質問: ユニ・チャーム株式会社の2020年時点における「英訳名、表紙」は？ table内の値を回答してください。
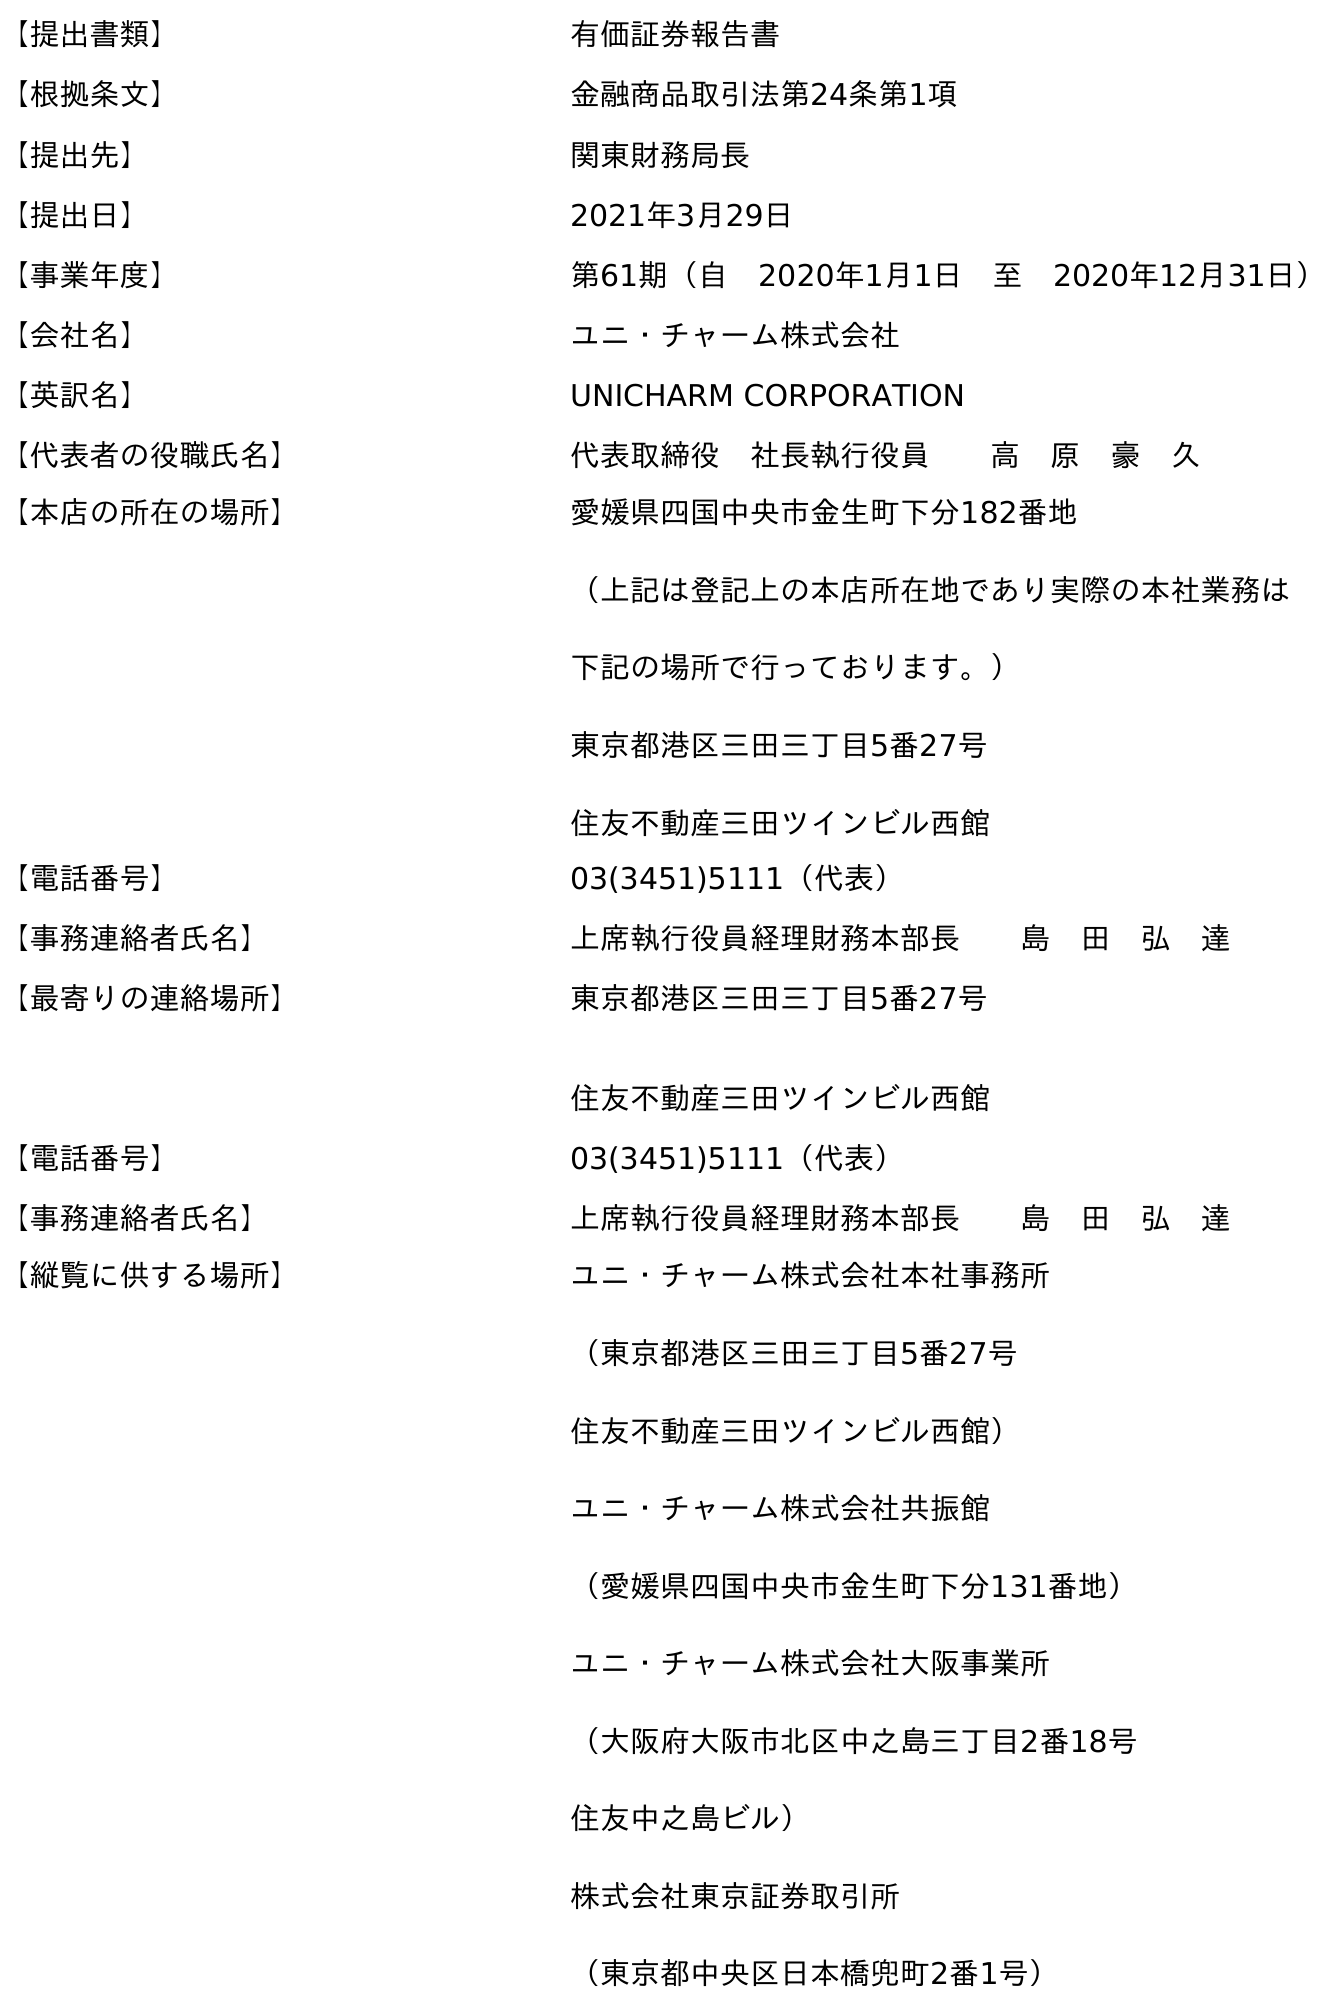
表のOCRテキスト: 【提出書類】 有価証券報告書 【根拠条文】 金融商品取引法第24条第1項 【提出先】 関東財務局長 【提出日】 2021年3月29日 【事業年度】 第61期（自 2020年1月1日 至 2020年12月31日） 【会社名】 ユニ・チャーム株式会社 【英訳名】 UNICHARM CORPORATION 【代表者の役職氏名】 代表取締役 社長執行役員  高 原 豪 久 【本店の所在の場所】 愛媛県四国中央市金生町下分182番地 （上記は登記上の本店所在地であり実際の本社業務は 下記の場所で行っております。） 東京都港区三田三丁目5番27号 住友不動産三田ツインビル西館 【電話番号】 03(3451)5111（代表） 【事務連絡者氏名】 上席執行役員経理財務本部長  島 田 弘 達 【最寄りの連絡場所】 東京都港区三田三丁目5番27号 住友不動産三田ツインビル西館 【電話番号】 03(3451)5111（代表） 【事務連絡者氏名】 上席執行役員経理財務本部長  島 田 弘 達 【縦覧に供する場所】 ユニ・チャーム株式会社本社事務所 （東京都港区三田三丁目5番27号 住友不動産三田ツインビル西館） ユニ・チャーム株式会社共振館 （愛媛県四国中央市金生町下分131番地） ユニ・チャーム株式会社大阪事業所 （大阪府大阪市北区中之島三丁目2番18号 住友中之島ビル） 株式会社東京証券取引所 （東京都中央区日本橋兜町2番1号）
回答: UNICHARM CORPORATION